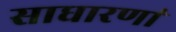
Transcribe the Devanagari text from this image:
साधारणां